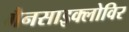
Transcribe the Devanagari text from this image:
गैनसाइक्लोविर